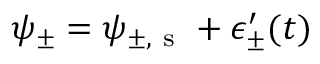
\psi _ { \pm } = \psi _ { \pm , \mathrm { ~ s ~ } } + \epsilon _ { \pm } ^ { \prime } ( t )